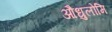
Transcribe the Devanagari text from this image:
औधुलोमि